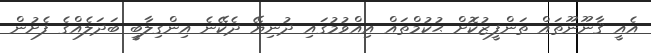
އެއީ ޤާނޫނޫތައް ތަންފީޒުކޮށް ޙުކުމްތައް އިއްވުމުގައި ދުނިޔޭ ދެކޭނެ އިންގިލާބީ ބަދަލެއްގެ ފެށުން